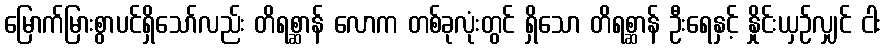
မြောက်မြားစွာပင်ရှိသော်လည်း တိရစ္ဆာန် လောက တစ်ခုလုံးတွင် ရှိသော တိရစ္ဆာန် ဦးရေနှင့် နှိုင်းယှဉ်လျှင် ငါး